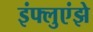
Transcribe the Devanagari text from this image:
इंफ्लुएंझे